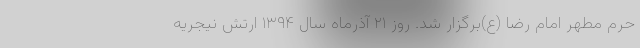
حرم مطهر امام رضا (ع)برگزار شد. روز ۲۱ آذرماه سال ۱۳۹۴ ارتش نیجریه